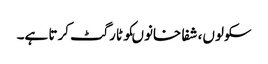
سکولوں، شفا خانوںکو ٹارگٹ کرتا ہے۔